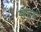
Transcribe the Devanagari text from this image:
पहलूहॊं